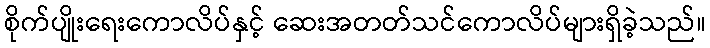
စိုက်ပျိုးရေးကောလိပ်နှင့် ဆေးအတတ်သင်ကောလိပ်များရှိခဲ့သည်။